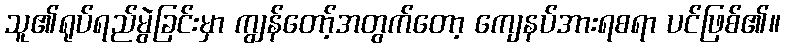
သူ၏ရုပ်ရည်မွဲခြင်းမှာ ကျွန်တော့်အတွက်တော့ ကျေနပ်အားရစရာ ပင်ဖြစ်၏။